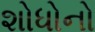
શોધોનો